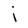
Character: j